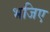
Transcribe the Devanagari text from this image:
भजिए